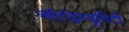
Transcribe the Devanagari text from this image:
ऑटोइम्यूनिटी